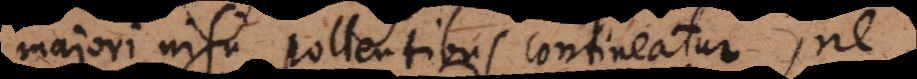
majori nisu pollentibus contineatur, ne